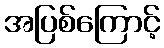
အပြစ်ကြောင့်